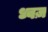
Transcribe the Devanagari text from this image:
ध्वज़